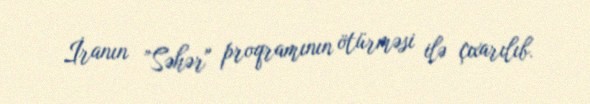
İranın ”Səhər" proqramının ötürməsi ilə çıxarılıb.